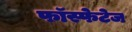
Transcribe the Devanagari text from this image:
फॉस्फेटेज